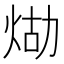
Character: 𤈸